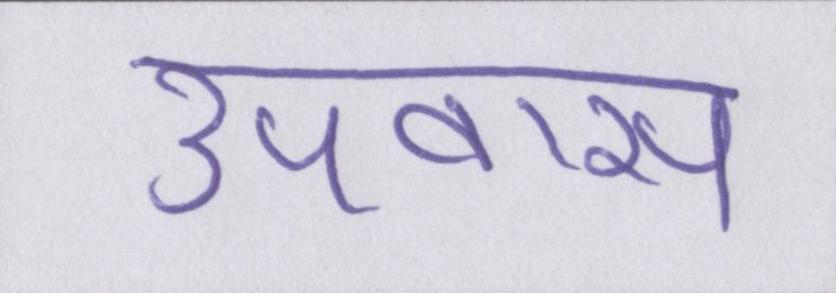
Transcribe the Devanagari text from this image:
उपवास